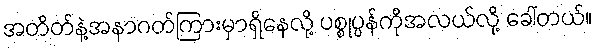
အတိတ်နဲ့အနာဂတ်ကြားမှာရှိနေလို့ ပစ္စုပ္ပန်ကိုအလယ်လို့ ခေါ်တယ်။